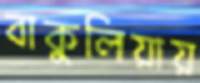
বাকুলিয়ায়